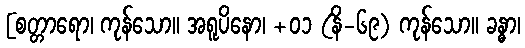
[စတ္တာရော၊ ကုန်သော။ အရူပိနော၊ +၀၁ (နိ-၆၉) ကုန်သော။ ခန္ဓာ၊